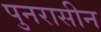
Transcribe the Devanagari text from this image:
पुनरासीन